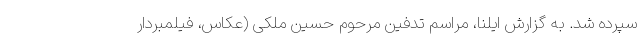
سپرده شد. به گزارش ایلنا، مراسم تدفین مرحوم حسین ملکی (عکاس، فیلمبردار